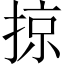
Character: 掠